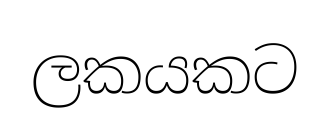
ලකයකට